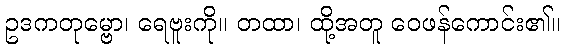
ဥဒကတုမ္ဗော၊ ရေဗူးကို။ တထာ၊ ထို့အတူ ဝေဖန်ကောင်း၏။